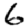
Digit: 6